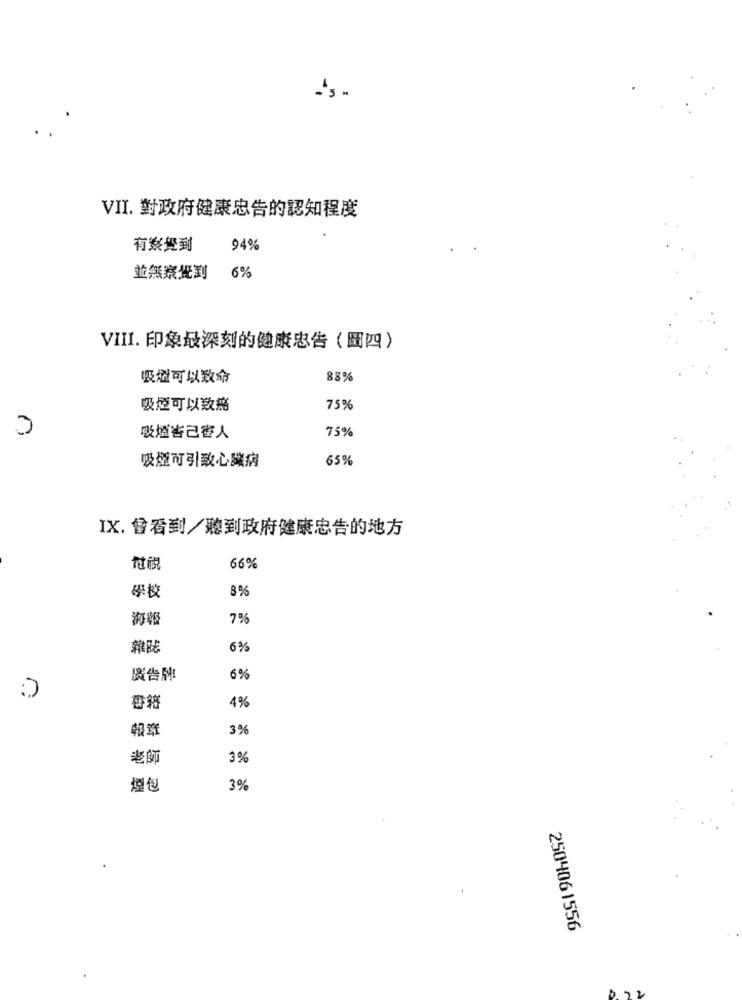
VII. 對政府健康忠告的認知程度
有察覺到
94%
並無察覺到
6%
VIII. 印象最深刻的健康忠告(四)
吸煙可以致命
88%
吸煙可以致癌
75%
75%
吸煙害己老人
吸煙可引致心臟病
65%
IX. 會看到/聽到政府健康忠告的地方
電視
66%
8%
學校
海報
7%
雜誌
6%
廣告牌
6%
4%
報章
3%
老師
3%
煙包
3%
2504061556